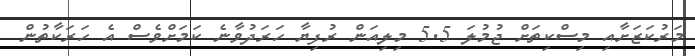
މަރުކަޒަށާއި މިސްކިތަށް ޖުމުލަ 5.5 މިލިއަން ރުފިޔާ ހަރަދުވާނެ ކަމަށްވެސް އެ ހަރަކާތުން